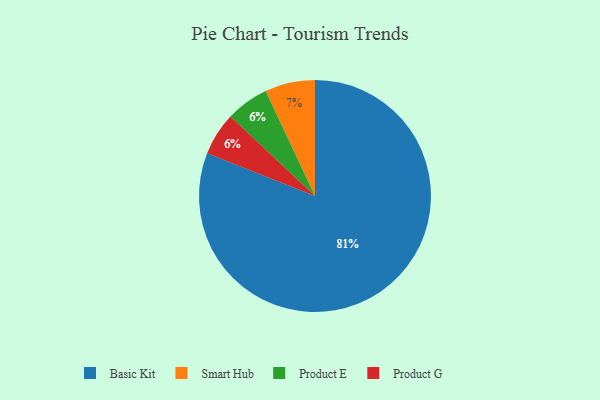
{"axis": {"x": "Category", "y": "Percentage"}, "legend": ["Basic Kit", "Product E", "Product G", "Smart Hub"], "data": [{"x": "Product E", "y": 6, "type": "Product E"}, {"x": "Basic Kit", "y": 81, "type": "Basic Kit"}, {"x": "Product G", "y": 6, "type": "Product G"}, {"x": "Smart Hub", "y": 7, "type": "Smart Hub"}]}